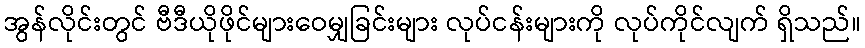
အွန်လိုင်းတွင် ဗီဒီယိုဖိုင်များဝေမျှခြင်းများ လုပ်ငန်းများကို လုပ်ကိုင်လျက် ရှိသည်။